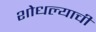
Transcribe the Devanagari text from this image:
शोधल्याची